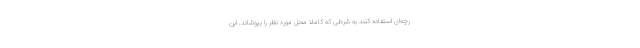
رچه‌ای استفاده کنند به شرطی که کاملا محل مورد نظر را بپوشاند. این